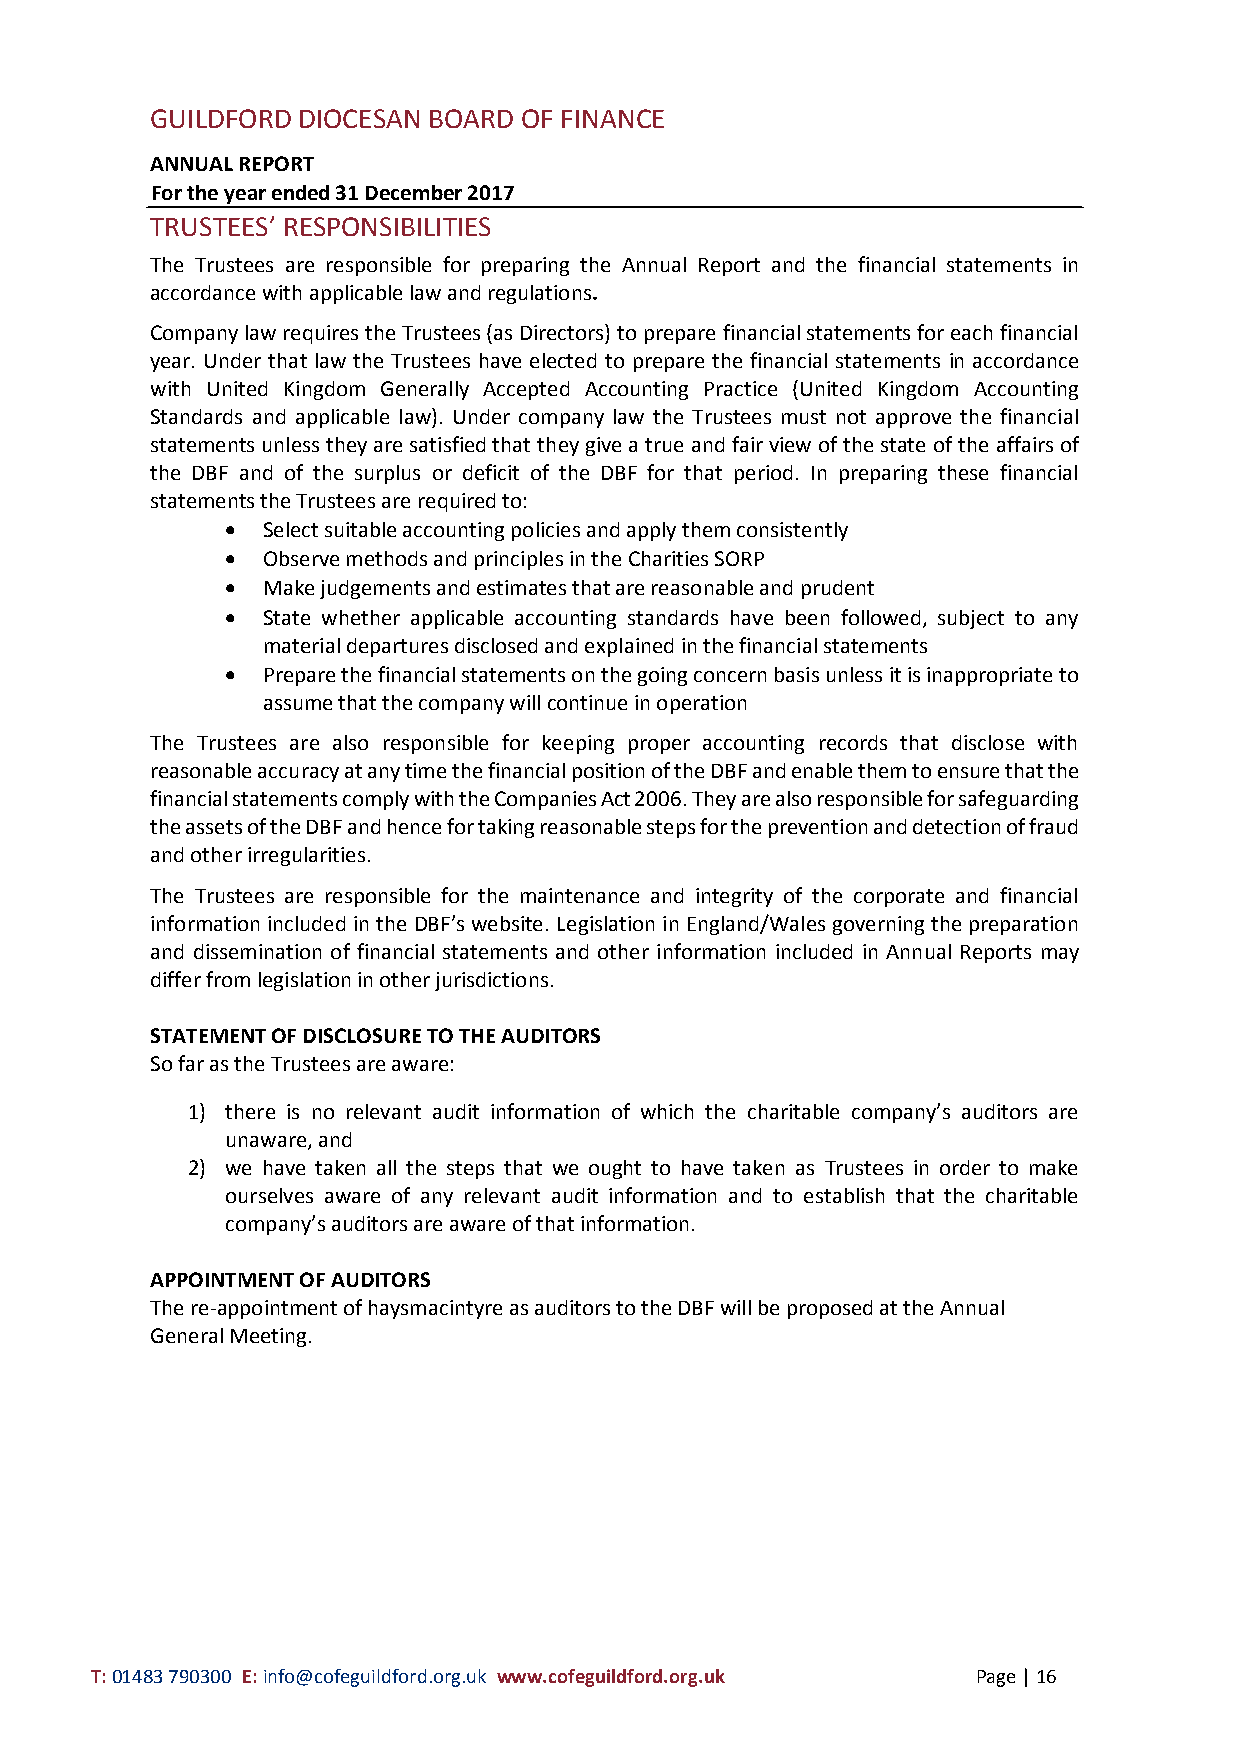
GUILDFORD DIOCESAN BOARD OF FINANCE
 ANNUAL REPORT
 For the year ended 31 December 2017
 TRUSTEES’ RESPONSIBILITIES
 The Trustees are responsible for preparing the Annual Report and the financial statements in
 accordance with applicable law and regulations.
 Company law requires the Trustees (as Directors) to prepare financial statements for each financial
 year. Under that law the Trustees have elected to prepare the financial statements in accordance
 with United Kingdom Generally Accepted Accounting Practice (United Kingdom Accounting
 Standards and applicable law). Under company law the Trustees must not approve the financial
 statements unless they are satisfied that they give a true and fair view of the state of the affairs of
 the DBF and of the surplus or deficit of the DBF for that period. In preparing these financial
 statements the Trustees are required to:
  Select suitable accounting policies and apply them consistently
  Observe methods and principles in the Charities SORP
  Make judgements and estimates that are reasonable and prudent
  State whether applicable accounting standards have been followed, subject to any
 material departures disclosed and explained in the financial statements
  Prepare the financial statements on the going concern basis unless it is inappropriate to
 assume that the company will continue in operation
 The Trustees are also responsible for keeping proper accounting records that disclose with
 reasonable accuracy at any time the financial position of the DBF and enable them to ensure that the
 financial statements comply with the Companies Act 2006. They are also responsible for safeguarding
 the assets of the DBF and hence for taking reasonable steps for the prevention and detection of fraud
 and other irregularities.
 The Trustees are responsible for the maintenance and integrity of the corporate and financial
 information included in the DBF’s website. Legislation in England/Wales governing the preparation
 and dissemination of financial statements and other information included in Annual Reports may
 differ from legislation in other jurisdictions.
 STATEMENT OF DISCLOSURE TO THE AUDITORS
 So far as the Trustees are aware:
 1) there is no relevant audit information of which the charitable company’s auditors are
 unaware, and
 2) we have taken all the steps that we ought to have taken as Trustees in order to make
 ourselves aware of any relevant audit information and to establish that the charitable
 company’s auditors are aware of that information.
 APPOINTMENT OF AUDITORS
 The re-appointment of haysmacintyre as auditors to the DBF will be proposed at the Annual
 General Meeting.
 T: 01483 790300 E: info@cofeguildford.org.uk www.cofeguildford.org.uk Page | 16